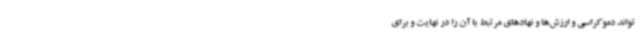
‌تواند دموکراسی و ارزش‌ها و نهادهای مرتبط با آن را در نهایت و برای